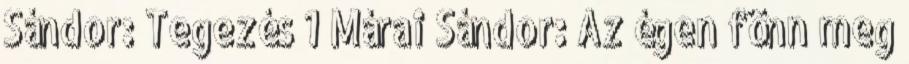
Sándor: Tegezés 1 Márai Sándor: Az égen fönn meg